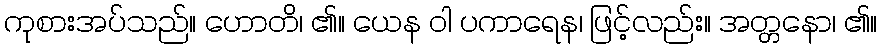
ကုစားအပ်သည်။ ဟောတိ၊ ၏။ ယေန ဝါ ပကာရေန၊ ဖြင့်လည်း။ အတ္တနော၊ ၏။